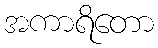
အကာရိတော